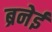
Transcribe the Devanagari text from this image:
ब्रनेई